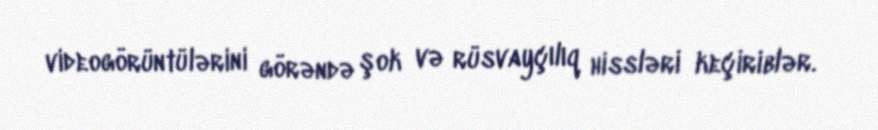
videogörüntülərini görəndə şok və rüsvayçılıq hissləri keçiriblər.